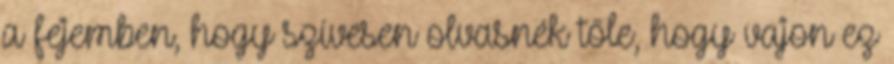
a fejemben, hogy szívesen olvasnék tőle, hogy vajon ez